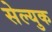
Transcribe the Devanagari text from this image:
सेल्युक